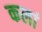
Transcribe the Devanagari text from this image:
कलां